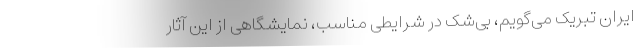
ایران تبریک می‌گویم، بی‌شک در شرایطی مناسب، نمایشگاهی از این آثار